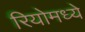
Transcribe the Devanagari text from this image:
रियोमध्ये